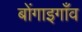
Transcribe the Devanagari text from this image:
बोंगाइगाँव